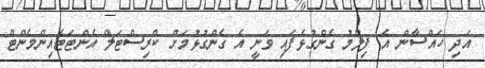
އަދި ހައްސާން އެ ފިލްމު ގެންގުޅެފައި ވަނީ އެ ގެންގުޅުމަށް ކްރިސްޓަލް އެންޓަޓެއިންމެންޓް